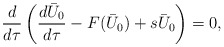
\begin{align*}\frac{d}{d\tau}\left(\frac{d\bar{U}_0}{d \tau}-F(\bar{U}_0)+s\bar{U}_0\right)=0,\end{align*}